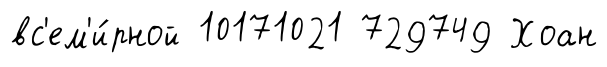
вс'ем'и́рной 10171021 729749 Хоан